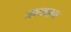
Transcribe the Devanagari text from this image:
जाधवाचा